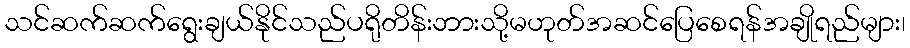
သင်ဆက်ဆက်ရွေးချယ်နိုင်သည်ပရိုတိန်းဘားသို့မဟုတ်အဆင်ပြေစေရန်အချိုရည်များ၊